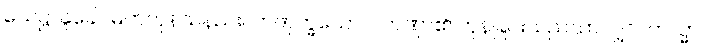
သေဋ္ဌာနူခေါ၊ မြတ်ကုန်သနည်း။ တဏှက္ခယောဝ၊ တဏှာ၏ ကုန်ခြင်းသည်သာလျှင်။ ကသ္မာ၊